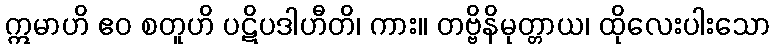
ဣမာဟိ ဧဝ စတူဟိ ပဋိပဒါဟီတိ၊ ကား။ တဗ္ဗိနိမုတ္တာယ၊ ထိုလေးပါးသော